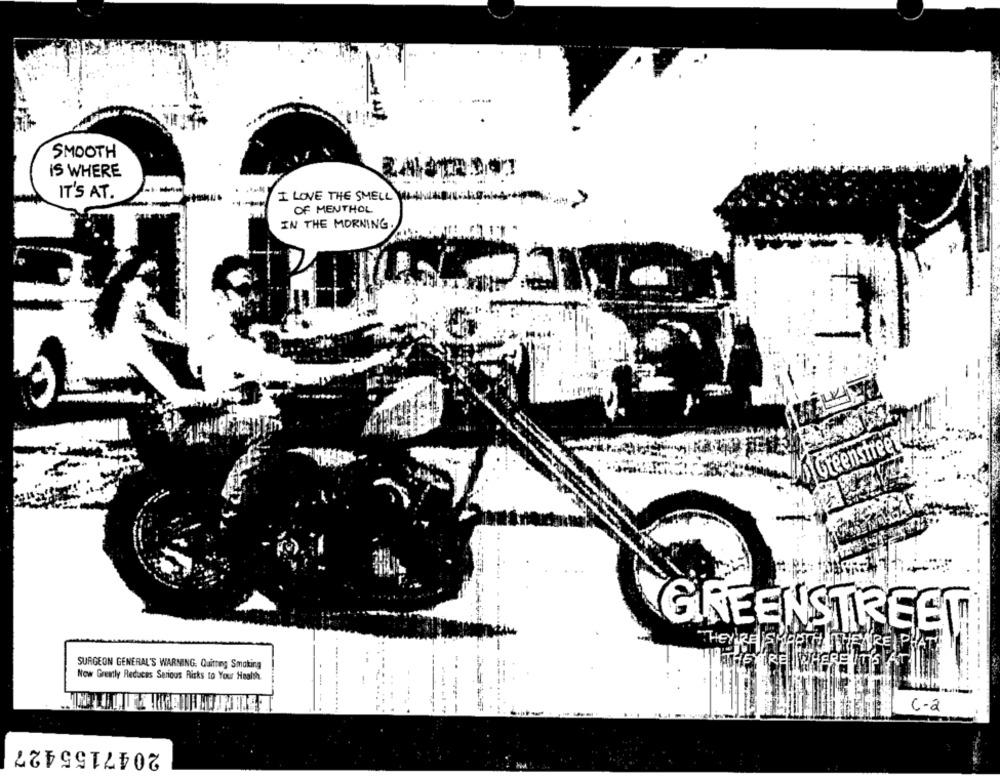
SMOOTH
IS WHERE
IT'S AT.
I LOVE THE SMELL
OF MENTHOL
IN THE MORNING.
Greenstre
GREENSTREET
THEY'RESWARTH THEY'RE P
SURGEON GENERAL'S WARNING. Quitting Smoking
THE TRE WHERE IT'S
Now Greatly Reduces Serious Risks to Your Health
.... ......
c-2
2047155427